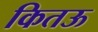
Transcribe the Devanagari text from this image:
कितऊ